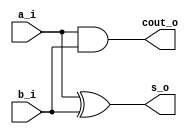
module half_adder
(
input a_i,
input b_i,
output s_o,
output cout_o
);

assign s_o      = a_i ^ b_i; 
assign cout_o   = a_i & b_i; 

endmodule